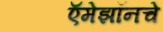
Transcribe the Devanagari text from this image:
ऍमेझॉनचे